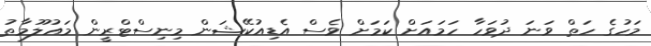
މަހުގެ ހަތް ވަނަ ދުވަހާ ހަމައަށް ކަމަށް ވެސް އެޑިއުކޭޝަން މިނިސްޓްރީން މައުލޫމާތު